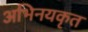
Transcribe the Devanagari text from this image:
अभिनयकृत